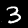
Digit: 3